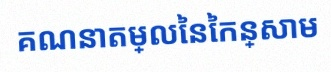
គណនាតម្លៃនៃកន្សោម